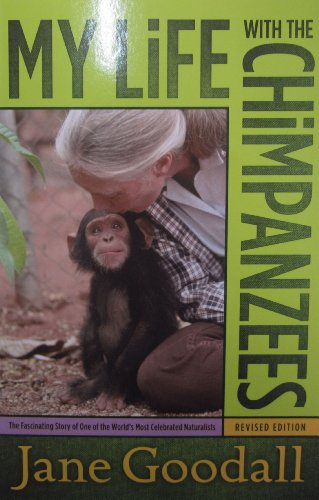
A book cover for My Life with the Chimpanzees; Jane Goodall; Children's Books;